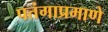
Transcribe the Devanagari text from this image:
पतंगाप्रमाणे